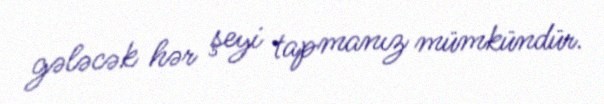
gələcək hər şeyi tapmanız mümkündür.